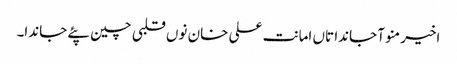
اخیر منو آ جاندا تاں امانت علی خان نوں قلبی چین پئے جاندا۔